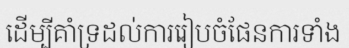
ដើម្បីគាំទ្រដល់ការរៀបចំផែនការទាំង